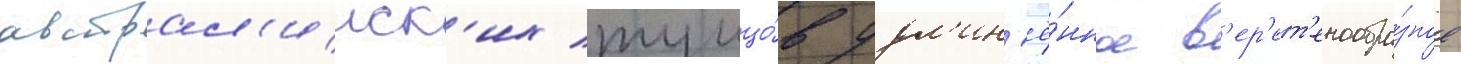
австрал'ииск'их тунцо́в удл'ин'ё́нное в'ер'ет'енообра́зное